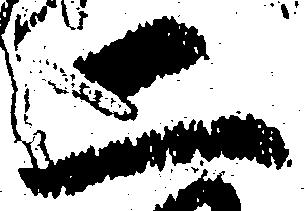
二